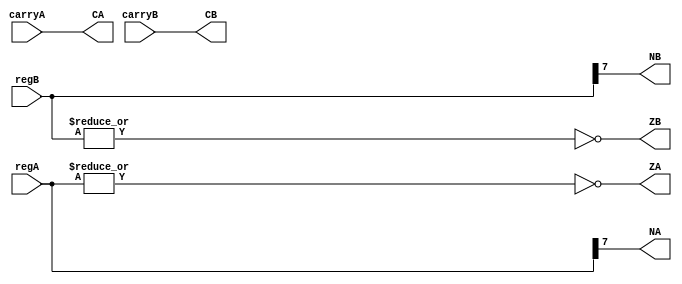
module status(
	input [7:0] regA,
	input [7:0] regB,
	input carryA,
	input carryB,
	output reg CA, CB, ZA, ZB, NA, NB
	);

always @(*)
	begin
		ZA = ~|regA;
		ZB = ~|regB;
		NA = regA[7];
		NB = regB[7];
		CA = carryA;
		CB = carryB;
	end


endmodule